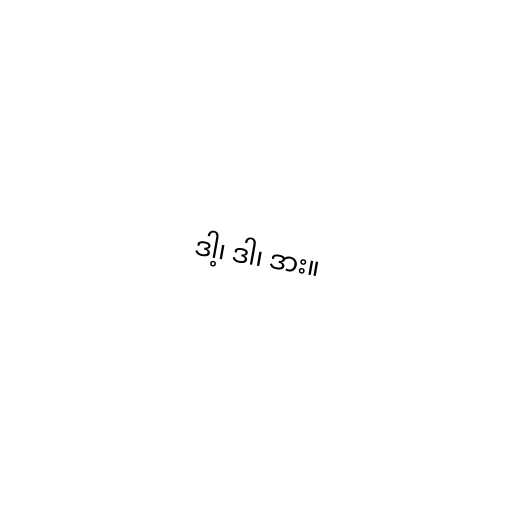
ဒါ့၊ ဒါ၊ ဒား။